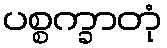
ပစ္စက္ခာတုံ